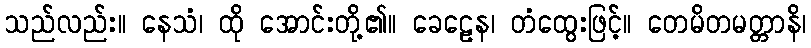
သည်လည်း။ နေသံ၊ ထို အောင်းတို့၏။ ခေဠေန၊ တံထွေးဖြင့်။ တေမိတမတ္တာနိ၊